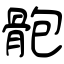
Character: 骲